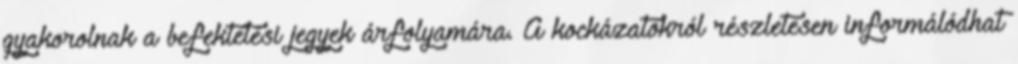
gyakorolnak a befektetési jegyek árfolyamára. A kockázatokról részletesen informálódhat